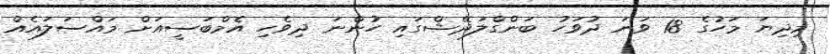
މިދިޔަ މަހުގެ 18 ވަނަ ދުވަހު ބަންގްލަދޭޝްގައި ހުންނަ ދިވެހި އެމްބަސީއަށް މައްސަލައެއް